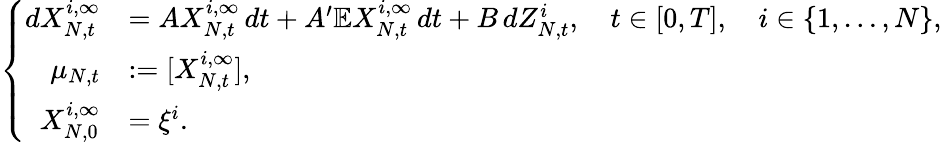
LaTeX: \left\{ \begin{array}{rll}{dX_{N,t}^{i,\infty}}&{=AX_{N,t}^{i,\infty}\, dt+A^{\prime}\mathbb{E}X_{N,t}^{i,\infty}\, dt+B\, dZ_{N,t}^{i},\quad t\in[0,T],\quad i\in\{ 1,\dots,N\} ,}\\ {\mu_{N,t}}&{:=[X_{N,t}^{i,\infty}],}\\ {X_{N,0}^{i,\infty}}&{=\xi^{i}.}\end{array}\right.